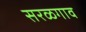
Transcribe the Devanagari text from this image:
सरळगाव